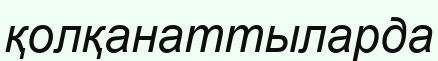
қолқанаттыларда